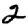
Digit: 2